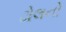
ઢોલનો